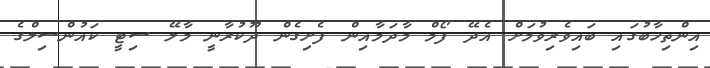
އިންތިހާބުގައި ބައިވެރިވުމަށް އެދޭ ފޯމް މާދަމާއިން ފެށިގެން ދޫކުރާނީ މާލޭ ސިޓީ ކައުންސިލްގެ